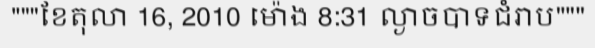
"""ខែតុលា 16, 2010 ម៉ោង 8:31 ល្ងាចបាទជំរាប"""